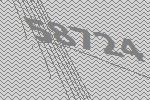
58724